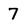
Character: 7